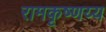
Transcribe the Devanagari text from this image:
रामकृष्णय्य